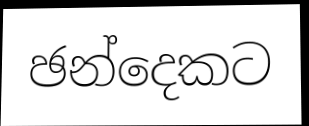
ඡන්දෙකට